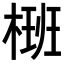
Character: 𣗝